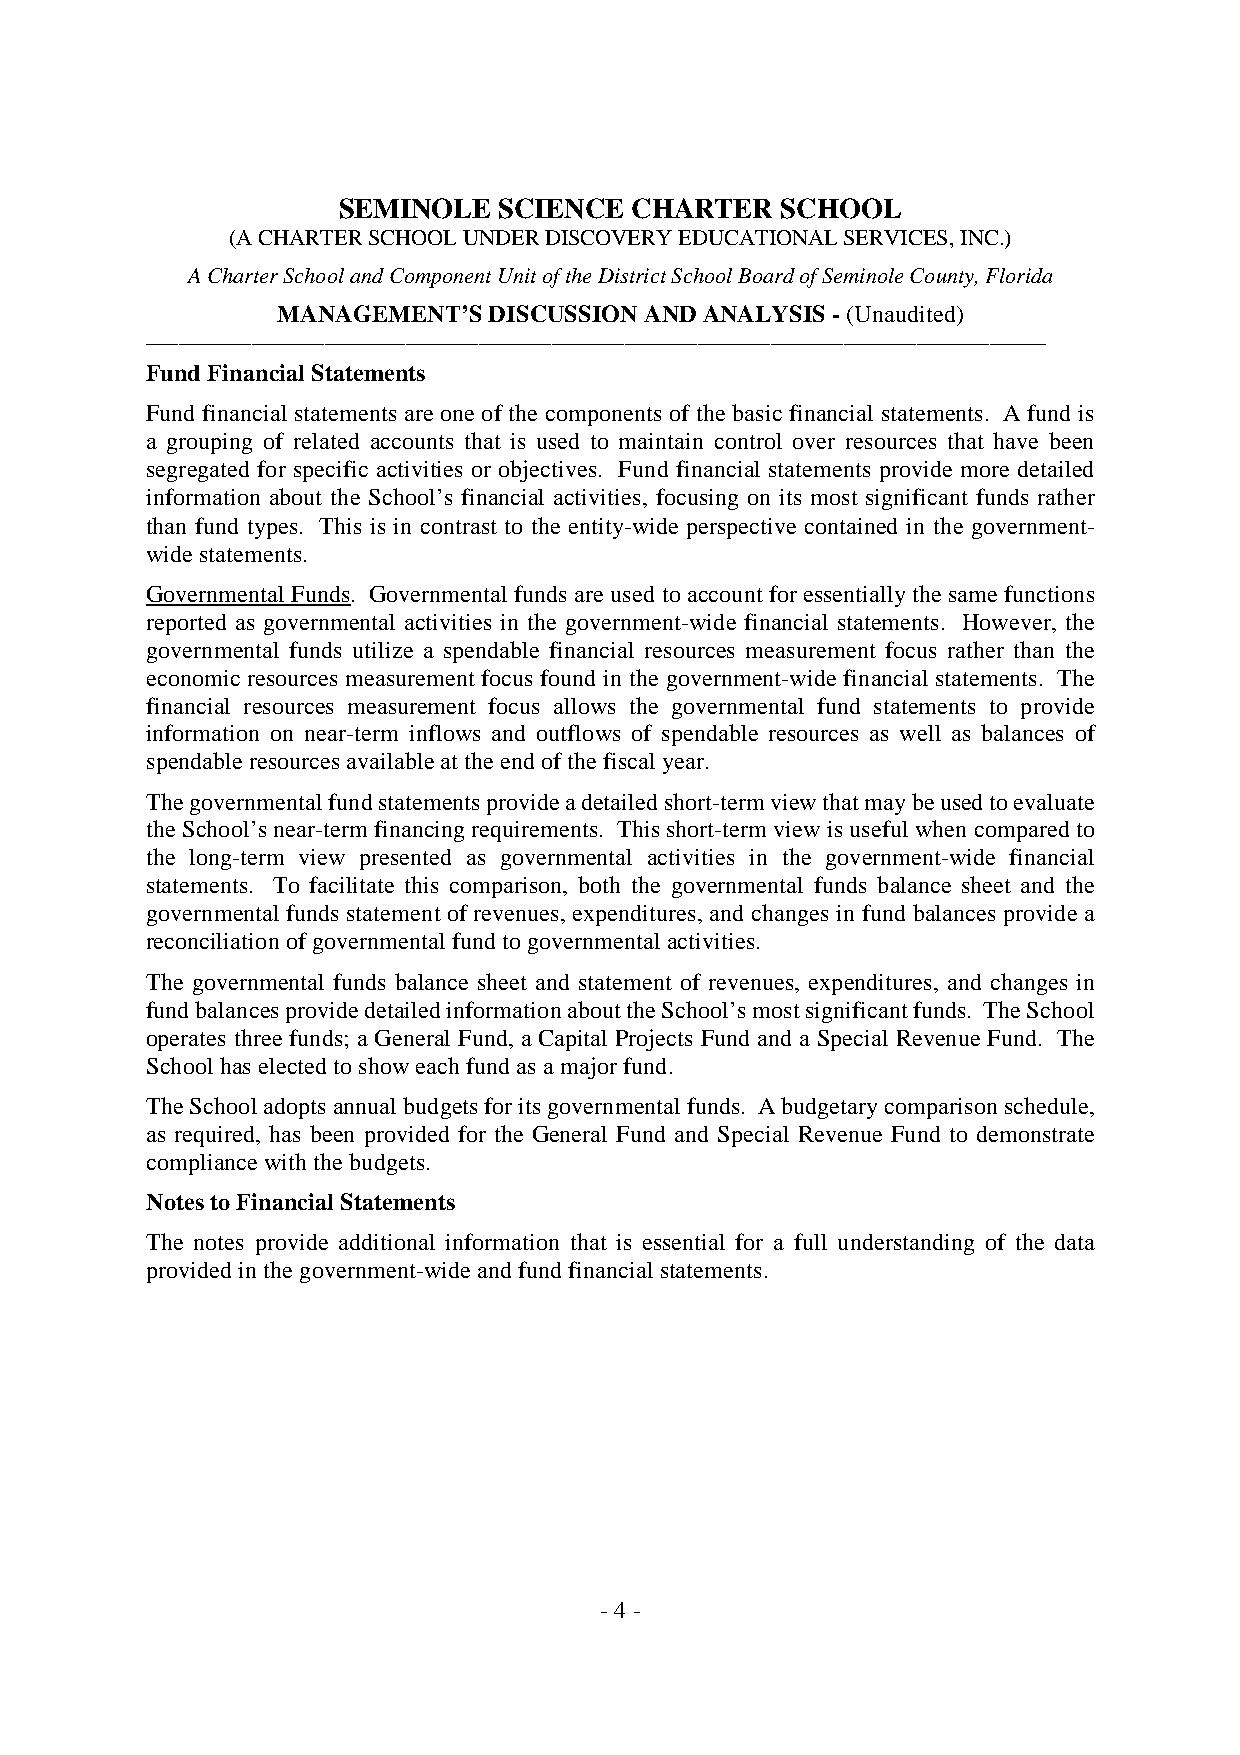
SEMINOLE   SCIENCE  CHARTER   SCHOOL
 (ACHARTERSCHOOLUNDERDISCOVERYEDUCATIONALSERVICES,INC.)
 ACharterSchoolandComponentUnitoftheDistrictSchoolBoardofSeminoleCounty,Florida
 MANAGEMENT’SDISCUSSIONANDANALYSIS-(Unaudited)
 _______________________________________________________________________________________________________________
 FundFinancialStatements
 Fund financial statements are one of the components of the basic financial statements. A fund is
 a grouping of related accounts that is used to maintain control over resources that have been
 segregated for specific activities or objectives. Fund financial statements provide more detailed
 information about the School’s financial activities, focusing on its most significant funds rather
 than fund types. This is in contrast to the entity-wide perspective contained in the government-
 widestatements.
 GovernmentalFunds. Governmental funds areusedto account foressentially thesamefunctions
 reported as governmental activities in the government-wide financial statements. However, the
 governmental funds utilize a spendable financial resources measurement focus rather than the
 economic resources measurement focus found in the government-wide financial statements. The
 financial resources measurement focus allows the governmental fund statements to provide
 information on near-term inflows and outflows of spendable resources as well as balances of
 spendableresourcesavailableattheendofthefiscalyear.
 Thegovernmentalfundstatementsprovideadetailedshort-termviewthatmaybeusedtoevaluate
 theSchool’snear-termfinancingrequirements. Thisshort-termviewisusefulwhen comparedto
 the long-term view presented as governmental activities in the government-wide financial
 statements. To facilitate this comparison, both the governmental funds balance sheet and the
 governmental funds statement of revenues, expenditures, and changes in fund balances provide a
 reconciliationofgovernmentalfundtogovernmentalactivities.
 The governmental funds balance sheet and statement of revenues, expenditures, and changes in
 fundbalancesprovidedetailedinformationabouttheSchool’smostsignificantfunds. TheSchool
 operates three funds; a General Fund, a Capital Projects Fund and a Special Revenue Fund. The
 Schoolhas electedtoshoweach fundas amajorfund.
 TheSchooladoptsannualbudgetsforitsgovernmentalfunds. Abudgetarycomparisonschedule,
 as required, has been provided for the General Fund and Special Revenue Fund to demonstrate
 compliancewiththebudgets.
 NotestoFinancialStatements
 The notes provide additional information that is essential for a full understanding of the data
 providedinthegovernment-wideand fundfinancialstatements.
 -4-